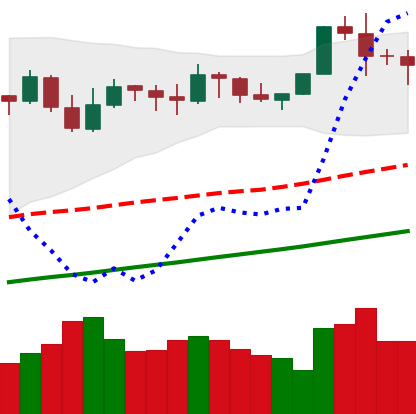
Ticker: BTC-USD
Chart end date: 2021-11-12
Forward return: -5.904%
Label: down_5_7